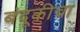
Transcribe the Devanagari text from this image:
बंदूकीचा